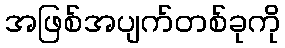
အဖြစ်အပျက်တစ်ခုကို